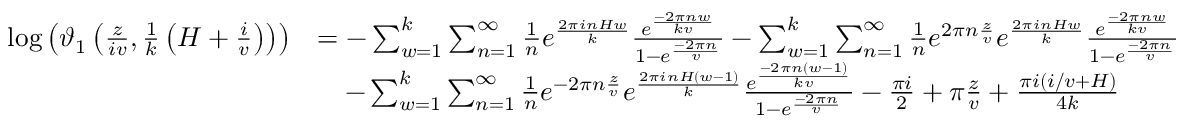
\begin{array} { r l } { \log \left( \vartheta _ { 1 } \left( \frac { z } { i v } , \frac { 1 } { k } \left( H + \frac { i } { v } \right) \right) \right) } & { = - \sum _ { w = 1 } ^ { k } \sum _ { n = 1 } ^ { \infty } \frac { 1 } { n } e ^ { \frac { 2 \pi i n H w } { k } } \frac { e ^ { \frac { - 2 \pi n w } { k v } } } { 1 - e ^ { \frac { - 2 \pi n } { v } } } - \sum _ { w = 1 } ^ { k } \sum _ { n = 1 } ^ { \infty } \frac { 1 } { n } e ^ { 2 \pi n \frac { z } { v } } e ^ { \frac { 2 \pi i n H w } { k } } \frac { e ^ { \frac { - 2 \pi n w } { k v } } } { 1 - e ^ { \frac { - 2 \pi n } { v } } } } \\ & { ~ ~ ~ - \sum _ { w = 1 } ^ { k } \sum _ { n = 1 } ^ { \infty } \frac { 1 } { n } e ^ { - 2 \pi n \frac { z } { v } } e ^ { \frac { 2 \pi i n H ( w - 1 ) } { k } } \frac { e ^ { \frac { - 2 \pi n \left( w - 1 \right) } { k v } } } { 1 - e ^ { \frac { - 2 \pi n } { v } } } - \frac { \pi i } { 2 } + \pi \frac { z } { v } + \frac { \pi i ( i / v + H ) } { 4 k } } \end{array}